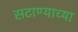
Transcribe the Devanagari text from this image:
सटाण्याच्या